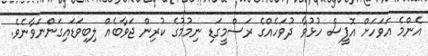
އެންމެ އަވަހަށް އޮފީސް ހުޅުވާ ދުވަހެއްގެ ރަސްމީގަޑި ނިމުމުގެ ކުރިން ޖަވާބެއް ލިބިވަޑައިގަންނަވާނެވެ.